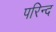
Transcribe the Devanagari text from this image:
परिन्द